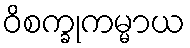
ဝိစက္ခုကမ္မာယ